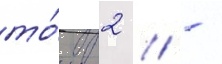
то́м 2 // -